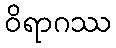
ဝိရာဂဿ